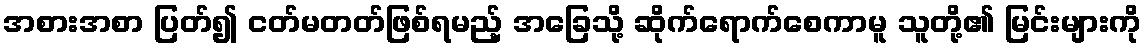
အစားအစာ ပြတ်၍ ငတ်မတတ်ဖြစ်ရမည့် အခြေသို့ ဆိုက်ရောက်စေကာမူ သူတို့၏ မြင်းများကို